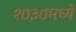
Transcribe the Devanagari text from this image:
१७३७मध्ये